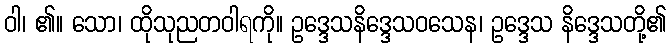
ဝါ၊ ၏။ သော၊ ထိုသုညတဝါရကို။ ဥဒ္ဒေသနိဒ္ဒေသဝသေန၊ ဥဒ္ဒေသ နိဒ္ဒေသတို့၏